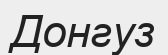
Донгуз